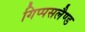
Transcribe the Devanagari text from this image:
गिप्पसलैण्ड